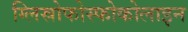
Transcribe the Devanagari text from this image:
ग्लिस्रोफोस्फोकोलाइन